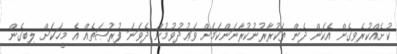
ކުށެއްކުރެވިގެން އެކަން ދެން ތަކުރާރުނުކުރާނަންކަމަށް ވަޢުދުވުމުން ދެވަނަ ފުރުޞަތެއް އެ މީހަކަށް ލިބިގެން